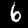
Digit: 6